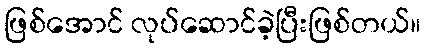
ဖြစ်အောင် လုပ်ဆောင်ခဲ့ပြီးဖြစ်တယ်။